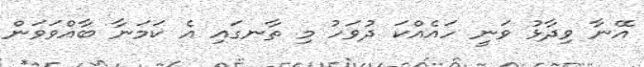
އޭނާ ވިދާޅު ވަނީ ހައެއްކަ ދުވަހު މި ތާނގައި އެ ކަމަނާ ބާއްވަވަން